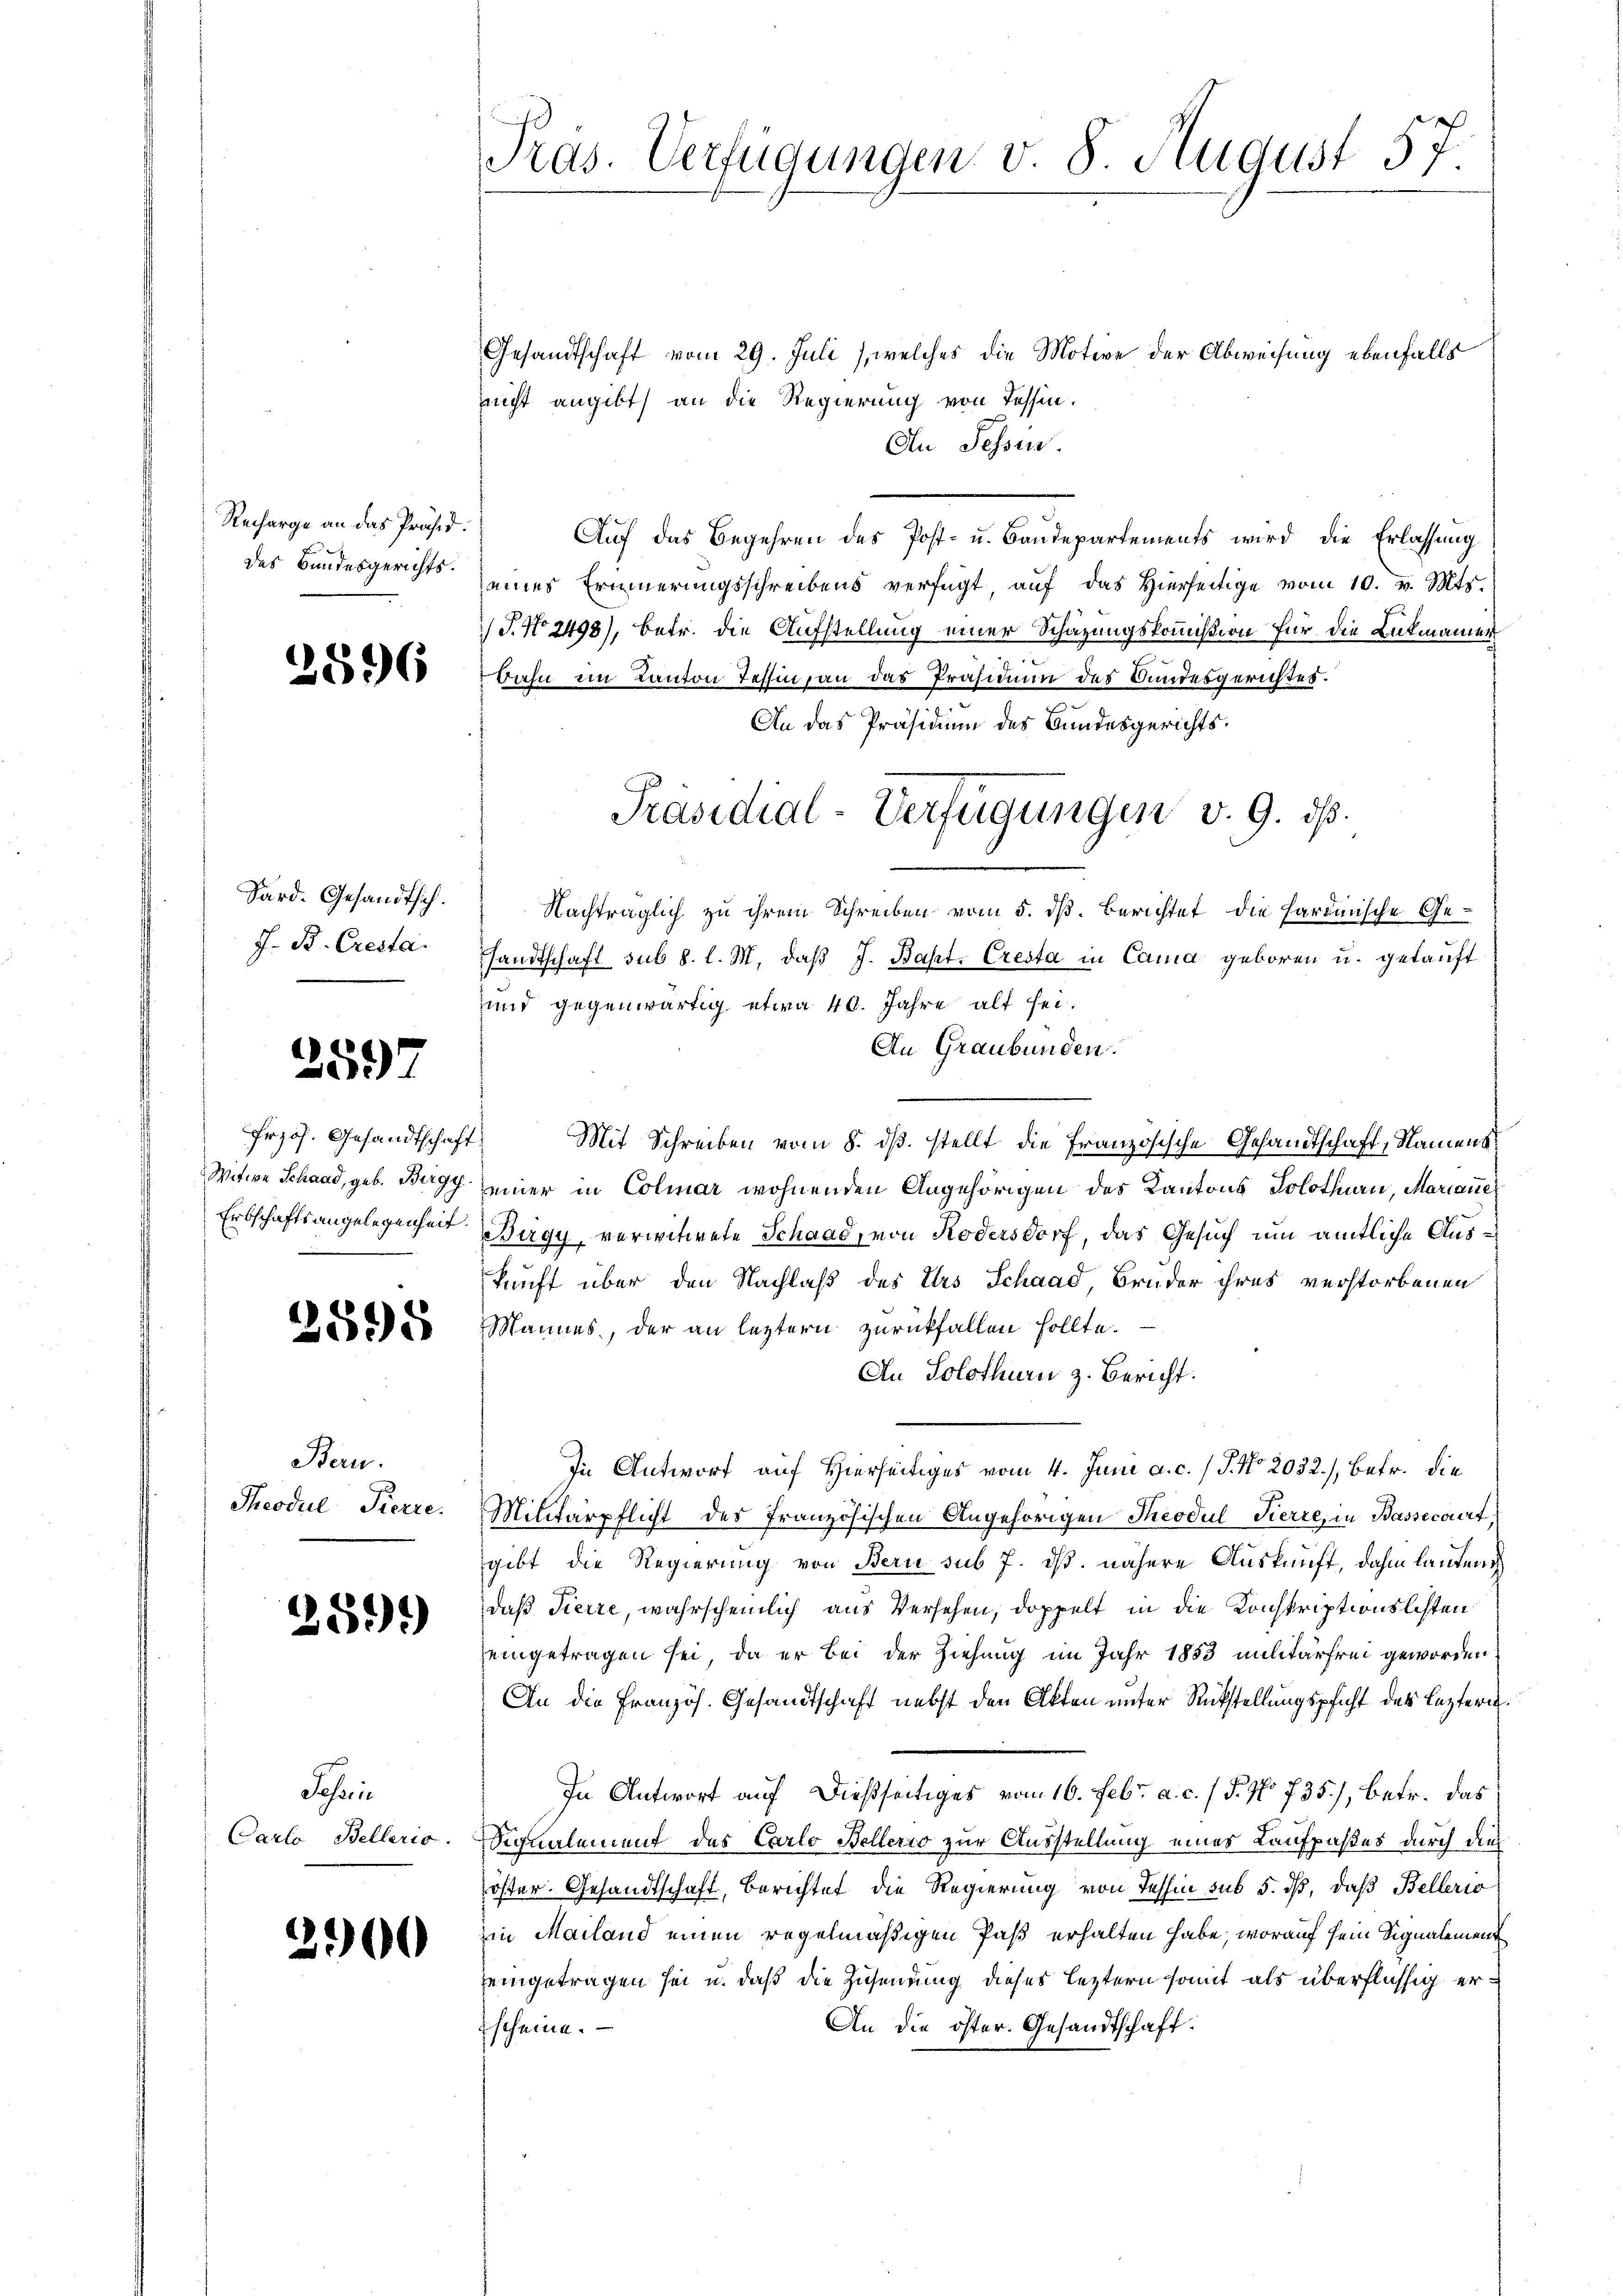
Recharge an das Präsid.
des Bundesgerichts.

2596

Sard. Gesandtsich.
J. B. Cresta

2597

frzös. Gesandtschaft

2595

Bern.
Theodul Pierre.

259)

Johrin
Carlo Bellerio.

2900

Pras. Verfügungen v. 8. August 57.

Gesandtschaft vom 29. Juli (welches die Motive der Abweisung ebenfalls
nicht angibt, an die Regierung von Tessin.
An Fessen.
Auf das Begehren des Post- u. Baudepartements wird die Erlassung
eines Erinnerungsschreibens verfügt, auf das hierseitige vom 10. v. Mts.
 J. No 2498), betr. die Aufstellung einer Schazungskommißion für die Lukmanner
Bahn im Kanton Tessin, an das Präsidium des Bundesgerichtes.
An das Präsidium des Bundesgerichts¬
Nachträglich zu ihrem Schreiben vom 5. dß. Berichtet die hardinische Gesandtschaft sub 8. l. M. daβ J. Bapt. Cresta in Cama geboren u. gekauft
und gegenwärtig etwa 40. Jahre alt sei.
An Graubünden.
Mit Schreiben vom 8. ds. stellt die Französische Gesandtschaft, Nament¬
Witwe Schand, geb. Berg einer in Colmar wohnenden Angehörigen des Kantons Solothurn, Mariane
Erbschaftsangelegenheit Bergy, verwitwete Schaad, von Kodersdorf, das Gesuch um amtliche Auskunft über den Nachlaß des Urs Schaad, Bruder ihres verstorbenen
Mannes, der an leztern zurückfallen sollte.
An Solothurn z. Bericht.
In Antwort auf Hierseitiges vom 4. Juni a. c. / J. No 2032.), betr. die
Militärpflicht des französischen Angehörigen Theodul Herre, in Bassecorirt,
gibt die Regierung von Bern sub 7. ds. nähere Auskunft, dahin lautens
daß Fierze, wahrscheinlich aus Versehen, doppelt in die Konskriptionslisten
eingetragen sei, da er bei der Ziehung im Jahr 1853 militärfrei geworden
An die Französ. Gesandtschaft nebst den Akten unter Rückstellungspficht des Leztern.
In Antwort auf dießseitiges vom 16. Febr. a. c. (T. No 735), betr. das
Signalement des Carlo Bellerio zur Ausstellung eines Laufpaßes durch dies
öster. Gesandtschaft, Berichtet die Regierung von Tessin sub 5. dß, daß Bellerio
in Mailand einen regelmäßigen Paß erhalten habe, worauf sein Signalement
eingetragen sei u. daß die Zusendung dieses leztern somit als überflüssig er¬
An die öster. Gesandtschaft.
scheine.

Präsidial-Verfügungen v. 9. ds.